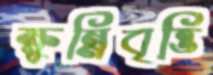
ক্ষুন্নিবৃত্তি